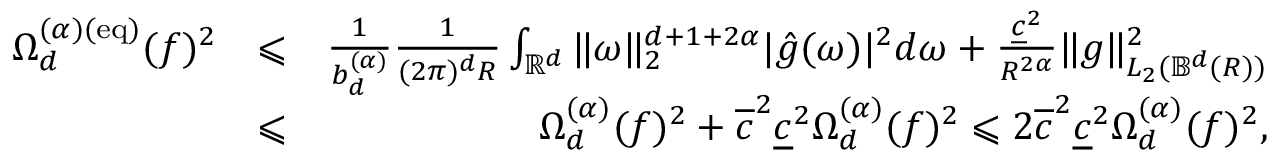
\begin{array} { r l r } { \Omega _ { d } ^ { ( \alpha ) ( \mathrm { e q } ) } ( f ) ^ { 2 } } & { \leqslant } & { \frac { 1 } { b _ { d } ^ { ( \alpha ) } } \frac { 1 } { ( 2 \pi ) ^ { d } R } \int _ { \mathbb { { R } } ^ { d } } \| \omega \| _ { 2 } ^ { d + 1 + 2 \alpha } | \hat { g } ( \omega ) | ^ { 2 } d \omega + \frac { \underline { { c } } ^ { 2 } } { R ^ { 2 \alpha } } \| g \| _ { L _ { 2 } ( { \mathbb B } ^ { d } ( R ) ) } ^ { 2 } } \\ & { \leqslant } & { \Omega _ { d } ^ { ( { \alpha } ) } ( f ) ^ { 2 } + \overline { { c } } ^ { 2 } \underline { { c } } ^ { 2 } \Omega _ { d } ^ { ( { \alpha } ) } ( f ) ^ { 2 } \leqslant 2 \overline { { c } } ^ { 2 } \underline { { c } } ^ { 2 } \Omega _ { d } ^ { ( { \alpha } ) } ( f ) ^ { 2 } , } \end{array}